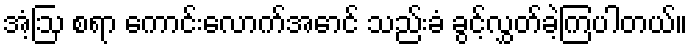
အံ့ဩ စရာ ကောင်းလောက်အောင် သည်းခံ ခွင့်လွှတ်ခဲ့ကြပါတယ်။